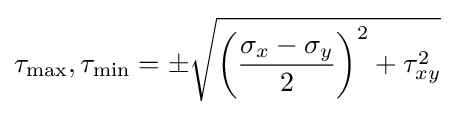
\tau _{\max },\tau _{\min }=\pm {\sqrt {\left({\frac {\sigma _{x}-\sigma _{y}}{2}}\right)^{2}+\tau _{xy}^{2}}}